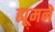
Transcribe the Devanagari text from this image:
ह्यूमने